Annual returns of the Patna Lunatic Asylum at Bankipore in Bihar and Orissa - 1912-1924
Year: 1912
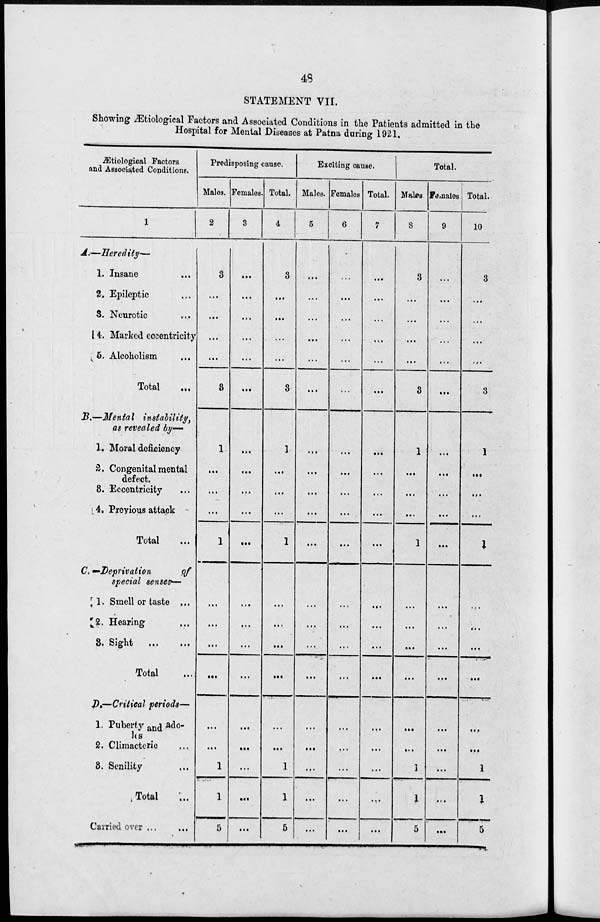
48
STATEMENT VII.
Showing Ætiological Factors and Associated Conditions in the Patients admitted in the
Hospital for Mental Diseases at Patna during 1921.
Ætiological Factors
and Associated Conditions.
1
A.—Heredity—
1. Insane ...
2. Epileptic ...
3. Neurotic ...
4. Marked eccentricity
5. Alcoholism ...
Total ...
B.—Mental
instability,
as revealed by—
1. Moral deficiency
2. Congenital mental
defect.
3. Eccentricity ...
4. Previous attack
Total ...
C.—Deprivation
of
special senses—
1. Smell or taste ...
2. Hearing ...
3. Sight ... ...
Total ...
D.—Critical periods—
1. Puberty and ado-
les
2. Climacteric ...
3. Senility ...
Total ...
Carried over ... ...
Predisposing cause.
Males.
2
3
...
...
...
...
3
1
...
...
...
1
...
...
...
...
...
...
1
1
5
Females.
3
...
...
...
...
...
...
...
...
...
...
...
...
...
...
...
...
...
...
...
...
Total.
4
3
...
...
...
...
3
1
...
...
...
1
...
...
...
...
...
...
1
1
5
Exciting cause.
Males.
5
...
...
...
...
...
...
...
...
...
...
...
...
...
...
...
...
...
...
...
...
Females.
6
...
...
...
...
...
...
...
...
...
...
...
...
...
...
...
...
...
...
...
...
Total.
7
...
...
...
...
...
...
...
...
...
...
...
...
...
...
...
...
...
...
...
...
Total.
Males.
8
3
...
...
...
...
3
1
...
...
...
1
...
...
...
...
...
...
1
1
5
Females.
9
...
...
...
...
...
...
...
...
...
...
...
...
...
...
...
...
...
...
...
...
Total.
10
3
...
...
...
...
3
1
...
...
...
1
...
...
...
...
...
...
1
1
5